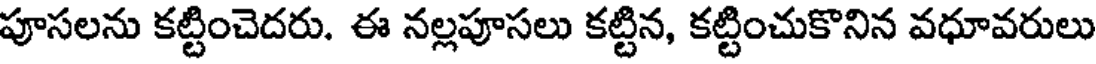
పూసలను కట్టించెదరు. ఈ నల్లపూసలు కట్టిన, కట్టించుకొనిన వధూవరులు